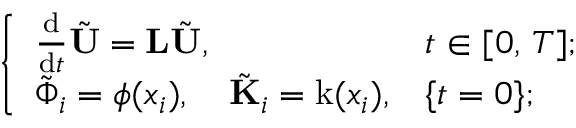
\left\{ \begin{array} { l l } { \frac { \mathrm { d } } { \mathrm { d } t } \tilde { \mathbf { U } } = \mathbf { L } \tilde { \mathbf { U } } , } & { t \in [ 0 , \, T ] ; } \\ { \tilde { \boldsymbol { \Phi } } _ { i } = \phi ( x _ { i } ) , \quad \tilde { \mathbf { K } } _ { i } = \mathrm { k } ( x _ { i } ) , } & { \{ t = 0 \} ; } \end{array} \right.